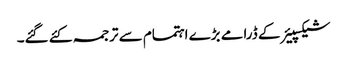
شیکسپیئر کے ڈرامے بڑے اہتمام سے ترجمہ کئے گئے۔